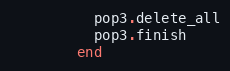
Language: Ruby
          pop3.delete_all
          pop3.finish
        end